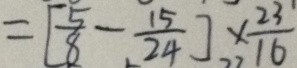
= [ \frac { 5 } { 8 } - \frac { 1 5 } { 2 4 } ] \times \frac { 2 3 } { 1 6 }